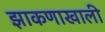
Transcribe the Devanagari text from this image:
झाकणाखाली